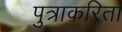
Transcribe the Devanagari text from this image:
पुत्राकरिता